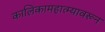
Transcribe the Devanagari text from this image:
कालिकामहात्म्यावरून